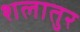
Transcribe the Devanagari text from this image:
शलातुर